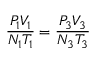
{ \frac { P _ { 1 } V _ { 1 } } { N _ { 1 } T _ { 1 } } } = { \frac { P _ { 3 } V _ { 3 } } { N _ { 3 } T _ { 3 } } }